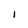
Character: I